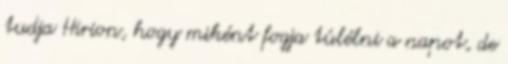
tudja Hirion, hogy miként fogja túlélni a napot, de